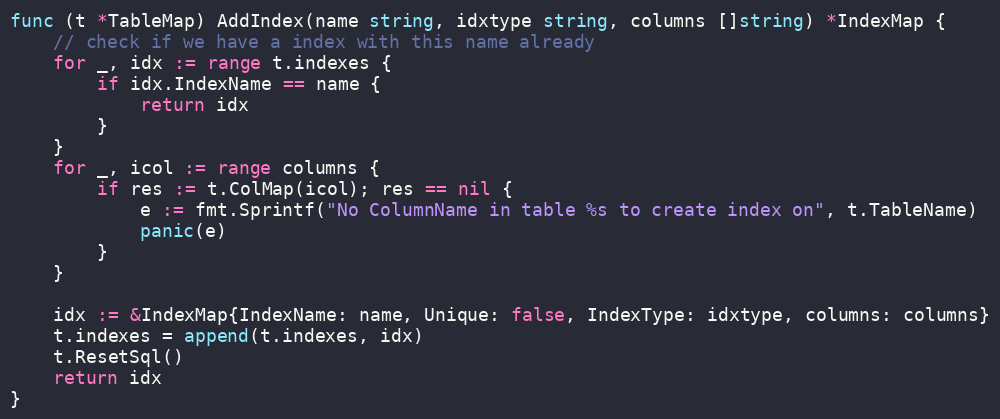
Language: Go
func (t *TableMap) AddIndex(name string, idxtype string, columns []string) *IndexMap {
	// check if we have a index with this name already
	for _, idx := range t.indexes {
		if idx.IndexName == name {
			return idx
		}
	}
	for _, icol := range columns {
		if res := t.ColMap(icol); res == nil {
			e := fmt.Sprintf("No ColumnName in table %s to create index on", t.TableName)
			panic(e)
		}
	}

	idx := &IndexMap{IndexName: name, Unique: false, IndexType: idxtype, columns: columns}
	t.indexes = append(t.indexes, idx)
	t.ResetSql()
	return idx
}